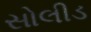
સોલીડ